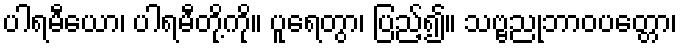
ပါရမီယော၊ ပါရမီတို့ကို။ ပူရေတွာ၊ ပြည့်၍။ သဗ္ဗညုဘာဝပတ္တော၊